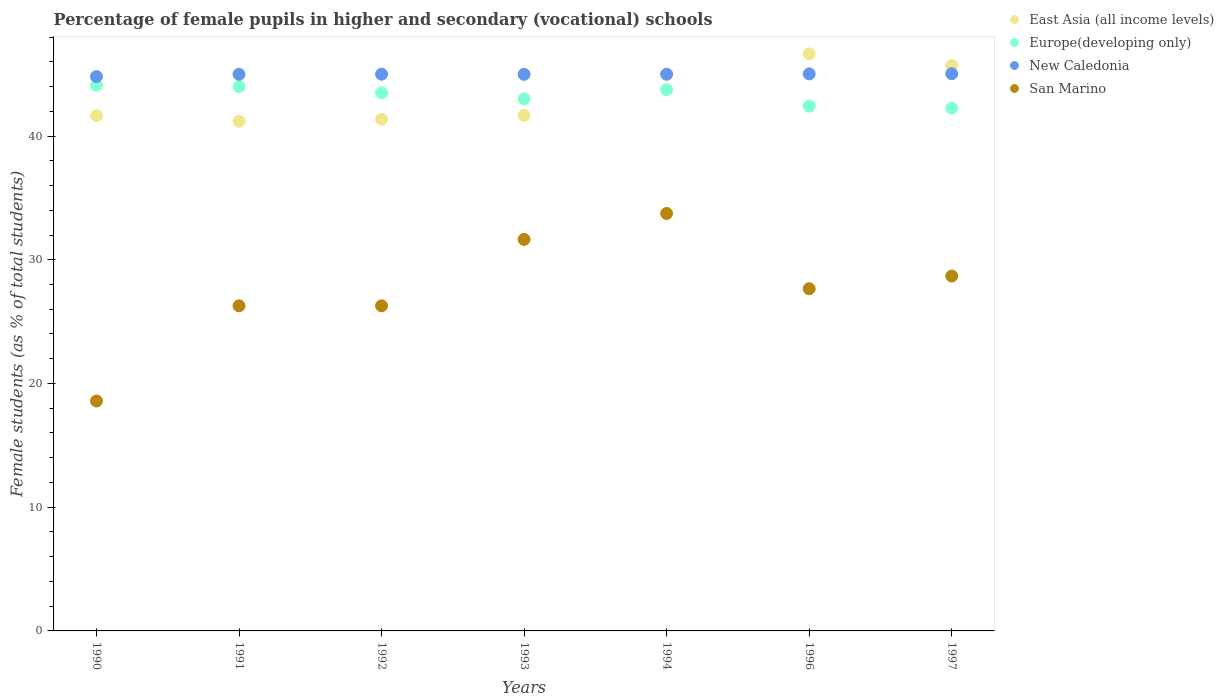
| Years | East Asia (all income levels) | Europe(developing only) | New Caledonia | San Marino |
 | --- | --- | --- | --- | --- |
 | 1990 | 41.6 | 44.1 | 44.8 | 18.6 |
 | 1991 | 41.2 | 44 | 45 | 26.3 |
 | 1992 | 41.4 | 43.5 | 45 | 26.3 |
 | 1993 | 41.7 | 43 | 45 | 31.6 |
 | 1994 | 45 | 43.7 | 45 | 33.7 |
 | 1996 | 46.6 | 42.4 | 45 | 27.7 |
 | 1997 | 45.7 | 42.3 | 45 | 28.7 |